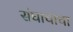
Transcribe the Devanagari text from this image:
संघाचाचा